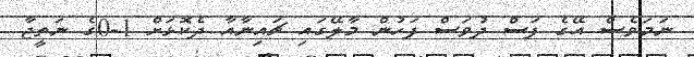
ނަމަވެސް އޭގެ ފަސް ދުވަސް ފަހުން މާލޭގައި ޗައިނާއާ ދެކޮޅަށް 1-0ގެ ނަތީޖާ